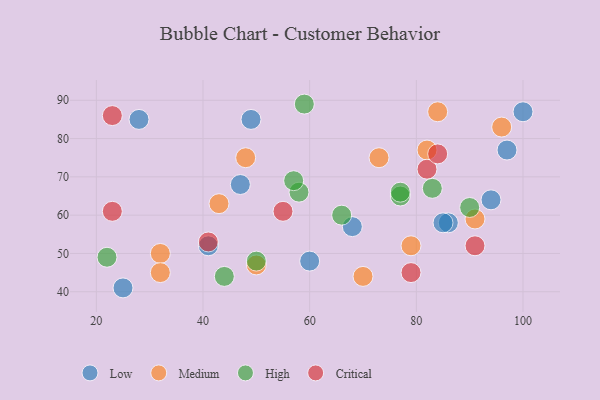
{"axis": {"x": "GDP", "y": "Life Expectancy"}, "legend": ["Critical", "High", "Low", "Medium"], "data": [{"x": "25", "y": 41, "type": "Low"}, {"x": "100", "y": 87, "type": "Low"}, {"x": "86", "y": 58, "type": "Low"}, {"x": "94", "y": 64, "type": "Low"}, {"x": "41", "y": 52, "type": "Low"}, {"x": "97", "y": 77, "type": "Low"}, {"x": "49", "y": 85, "type": "Low"}, {"x": "28", "y": 85, "type": "Low"}, {"x": "68", "y": 57, "type": "Low"}, {"x": "85", "y": 58, "type": "Low"}, {"x": "60", "y": 48, "type": "Low"}, {"x": "47", "y": 68, "type": "Low"}, {"x": "73", "y": 75, "type": "Medium"}, {"x": "48", "y": 75, "type": "Medium"}, {"x": "91", "y": 59, "type": "Medium"}, {"x": "79", "y": 52, "type": "Medium"}, {"x": "50", "y": 47, "type": "Medium"}, {"x": "96", "y": 83, "type": "Medium"}, {"x": "70", "y": 44, "type": "Medium"}, {"x": "32", "y": 50, "type": "Medium"}, {"x": "43", "y": 63, "type": "Medium"}, {"x": "84", "y": 87, "type": "Medium"}, {"x": "32", "y": 45, "type": "Medium"}, {"x": "82", "y": 77, "type": "Medium"}, {"x": "50", "y": 48, "type": "High"}, {"x": "77", "y": 65, "type": "High"}, {"x": "44", "y": 44, "type": "High"}, {"x": "66", "y": 60, "type": "High"}, {"x": "22", "y": 49, "type": "High"}, {"x": "90", "y": 62, "type": "High"}, {"x": "77", "y": 66, "type": "High"}, {"x": "58", "y": 66, "type": "High"}, {"x": "57", "y": 69, "type": "High"}, {"x": "83", "y": 67, "type": "High"}, {"x": "59", "y": 89, "type": "High"}, {"x": "91", "y": 52, "type": "Critical"}, {"x": "79", "y": 45, "type": "Critical"}, {"x": "23", "y": 61, "type": "Critical"}, {"x": "55", "y": 61, "type": "Critical"}, {"x": "23", "y": 86, "type": "Critical"}, {"x": "82", "y": 72, "type": "Critical"}, {"x": "41", "y": 53, "type": "Critical"}, {"x": "84", "y": 76, "type": "Critical"}]}